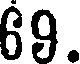
69.